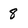
Character: 8